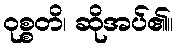
ဝုစ္စတိ၊ ဆိုအပ်၏။